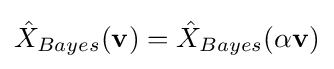
{\hat {X}}_{Bayes}(\mathbf {v} )={\hat {X}}_{Bayes}(\alpha \mathbf {v} )